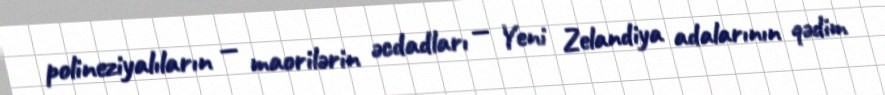
polineziyalıların — maorilərin əcdadları — Yeni Zelandiya adalarının qədim